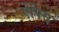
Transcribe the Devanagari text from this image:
ऐपिस